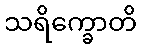
သရိက္ခောတိ